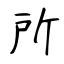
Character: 所